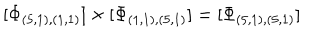
\lbrack \Phi _ { ( 5 , 1 ) , ( 1 , 1 ) } ] \times [ \Phi _ { ( 1 , 1 ) , ( 5 , 1 ) } ] = [ \Phi _ { ( 5 , 1 ) , ( 5 , 1 ) } ]